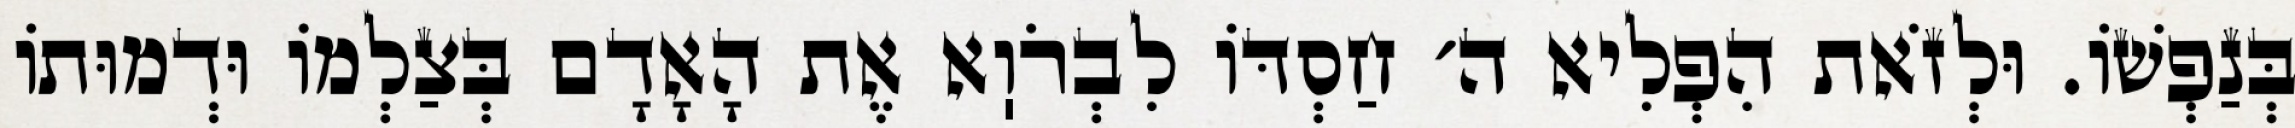
בְּנַפְשׁוֹ. וּלְזֹאת הִפְלִיא ה׳ חַסְדּוֹ לִבְרֹוֽא אֶת הָאָדָם בְּצַלְמוֹ וּדְמוּתוֹ